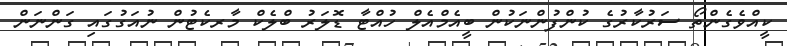
ކީއްވެގެންތޯ ސަރުކާރުގެ ކުންފުންނަކުން ބީއެމްއެލް ހުއްޓާ ޑޮލަރު ބްލެކް މާރކެޓުން ނުއަގުގައި ގަންނަން